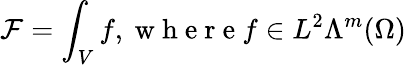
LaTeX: \mathcal{F}=\int_{V}f,\mathrm{~w~h~e~r~e~}f\in L^{2}\Lambda^{m}(\Omega)